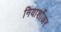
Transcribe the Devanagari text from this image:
नियार्शोअर